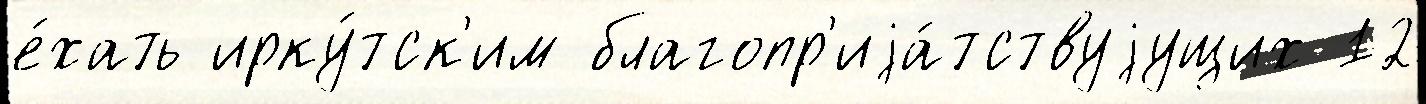
е́хать ирку́тск'им благопр'иjа́тствуjущих 12